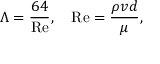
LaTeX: \Lambda = { \frac { 6 4 } { \mathrm { R e } } } , \quad \mathrm { R e } = { \frac { \rho v d } { \mu } } ,